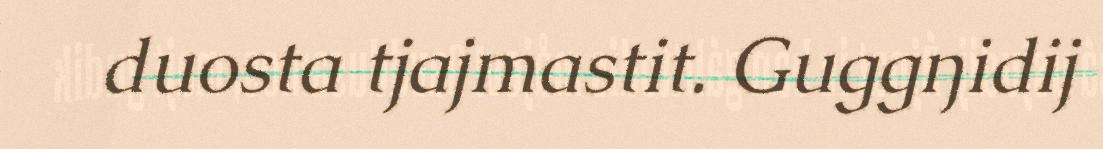
duosta tjajmastit. Guggŋidij